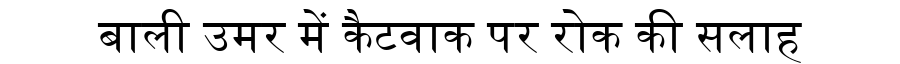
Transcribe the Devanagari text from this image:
बाली उमर में कैटवाक पर रोक की सलाह